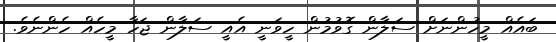
ބައެއް މީހުންނަށް ސަލާން ގޮވުމުން ހީވަނީ އެއީ ސަލާން ޖަހާ މީހެއް ހެންނެވެ.